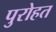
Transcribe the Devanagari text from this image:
पुरोहत